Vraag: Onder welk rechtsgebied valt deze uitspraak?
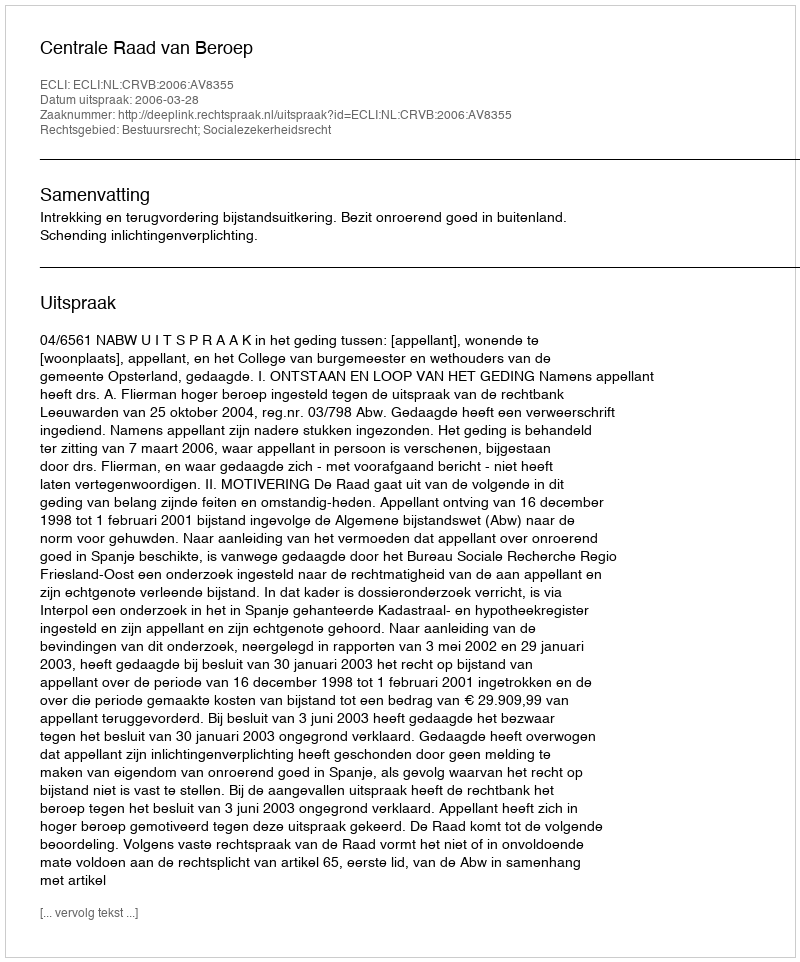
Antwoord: Bestuursrecht; Socialezekerheidsrecht